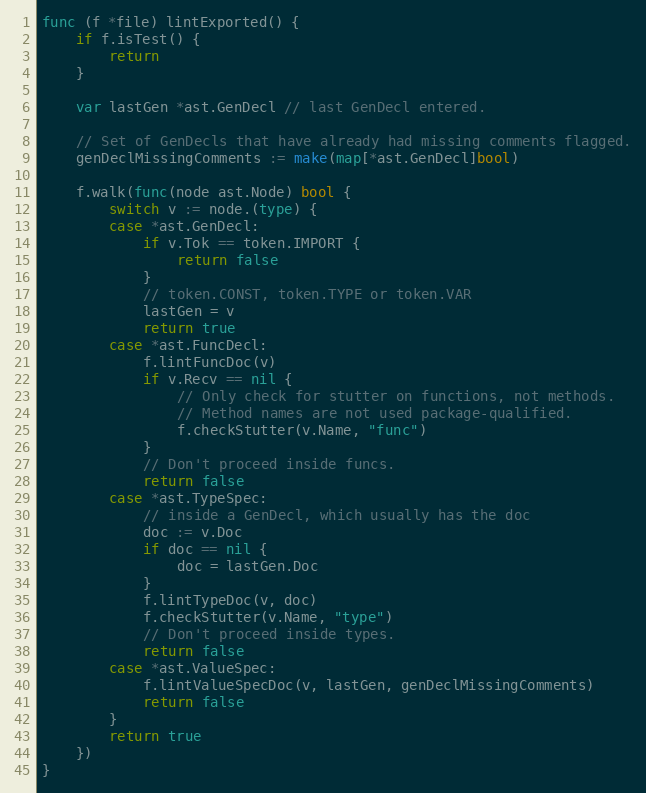
Language: Go
func (f *file) lintExported() {
	if f.isTest() {
		return
	}

	var lastGen *ast.GenDecl // last GenDecl entered.

	// Set of GenDecls that have already had missing comments flagged.
	genDeclMissingComments := make(map[*ast.GenDecl]bool)

	f.walk(func(node ast.Node) bool {
		switch v := node.(type) {
		case *ast.GenDecl:
			if v.Tok == token.IMPORT {
				return false
			}
			// token.CONST, token.TYPE or token.VAR
			lastGen = v
			return true
		case *ast.FuncDecl:
			f.lintFuncDoc(v)
			if v.Recv == nil {
				// Only check for stutter on functions, not methods.
				// Method names are not used package-qualified.
				f.checkStutter(v.Name, "func")
			}
			// Don't proceed inside funcs.
			return false
		case *ast.TypeSpec:
			// inside a GenDecl, which usually has the doc
			doc := v.Doc
			if doc == nil {
				doc = lastGen.Doc
			}
			f.lintTypeDoc(v, doc)
			f.checkStutter(v.Name, "type")
			// Don't proceed inside types.
			return false
		case *ast.ValueSpec:
			f.lintValueSpecDoc(v, lastGen, genDeclMissingComments)
			return false
		}
		return true
	})
}